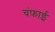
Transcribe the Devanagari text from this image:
चंफ़ाई